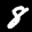
Label: 8